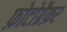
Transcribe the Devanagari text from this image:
फ़ोटोग्रैफ़र